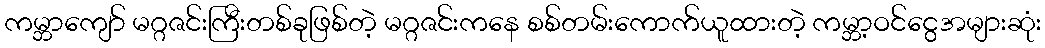
ကမ္ဘာကျော် မဂ္ဂဇင်းကြီးတစ်ခုဖြစ်တဲ့ မဂ္ဂဇင်းကနေ စစ်တမ်းကောက်ယူထားတဲ့ ကမ္ဘာ့ဝင်ငွေအများဆုံး